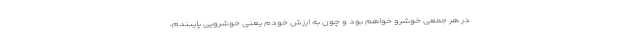
در هر جمعی خوشرو خواهم بود و چون به ارزش خودم یعنی خوشرویی پایبندم،